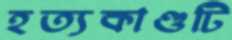
হত্যকাণ্ডটি